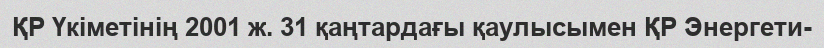
ҚР Үкіметінің 2001 ж. 31 қаңтардағы қаулысымен ҚР Энергети-